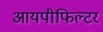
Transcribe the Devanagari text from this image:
आयपीफिल्टर